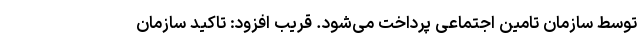
توسط سازمان تامین اجتماعی پرداخت می‌شود. قریب افزود: تاکید سازمان